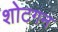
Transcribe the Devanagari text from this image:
शोटगन